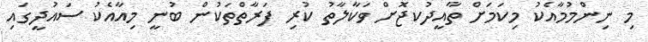
މި ނިންމުމާއެކު މިކަމަށް ތާއީދުކޖޮށް ވަކާލާތު ކުރި ފަރާތްތަކުން ބުނީ މިއާއެކު ސައުދީގައި